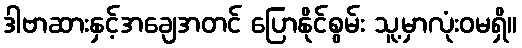
ဒါဗာဆားနှင့်အချေအတင် ပြောနိုင်စွမ်း သူ့မှာလုံးဝမရှိ။